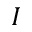
I